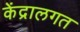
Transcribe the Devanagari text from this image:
केंद्रालगत